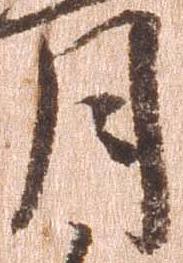
月